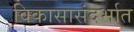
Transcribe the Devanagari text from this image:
विकासासंदर्भात